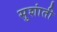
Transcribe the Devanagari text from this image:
सुशांती